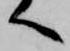
へ